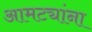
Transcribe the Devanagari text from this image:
आमट्यांना